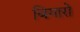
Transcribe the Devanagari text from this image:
बिगारो